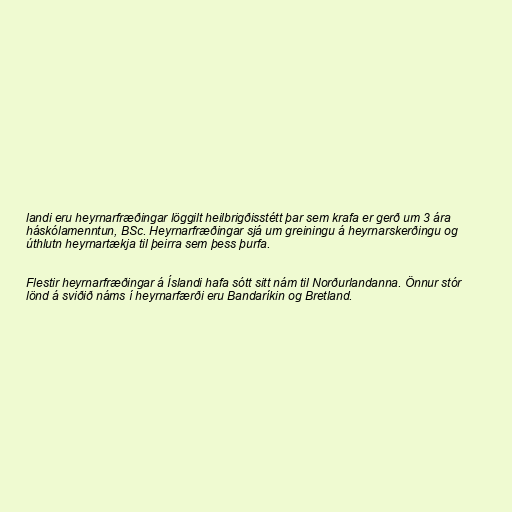
landi eru heyrnarfræðingar löggilt heilbrigðisstétt þar sem krafa er gerð um 3 ára
háskólamenntun, BSc. Heyrnarfræðingar sjá um greiningu á heyrnarskerðingu og
úthlutn heyrnartækja til þeirra sem þess þurfa.

Flestir heyrnarfræðingar á Íslandi hafa sótt sitt nám til Norðurlandanna. Önnur stór
lönd á sviðið náms í heyrnarfærði eru Bandaríkin og Bretland.